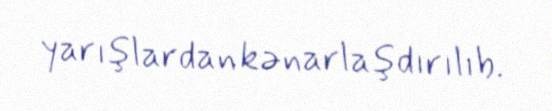
yarışlardan kənarlaşdırılıb.